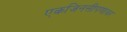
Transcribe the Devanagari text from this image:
एकजिनसीपणावर